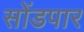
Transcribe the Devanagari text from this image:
सोंडपार